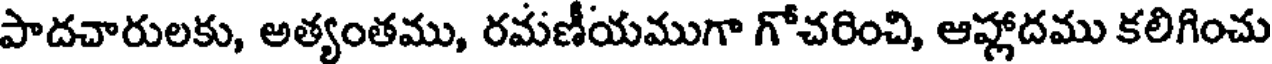
పాదచారులకు, అత్యంతము, రమణీయముగా గోచరించి, ఆహ్లాదము కలిగించు